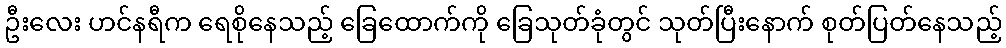
ဦးလေး ဟင်နရီက ရေစိုနေသည့် ခြေထောက်ကို ခြေသုတ်ခုံတွင် သုတ်ပြီးနောက် စုတ်ပြတ်နေသည့်